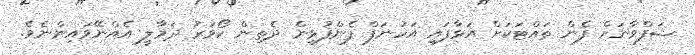
ޝަފްވާނަށް ފެން ތައްޓަކަށް އަޅާފައި އަހުނަފް ފެންފުޅިން ދެތިން ކޯވަރު ދަމާލީ އެއްނޭވައިންނެވެ.